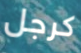
كرجل